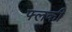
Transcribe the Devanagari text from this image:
फ्लकी